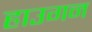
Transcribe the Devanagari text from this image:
हाउगन